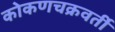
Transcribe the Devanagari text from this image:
कोकणचक्रवर्ती